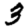
Digit: 3